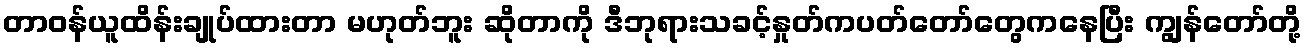
တာဝန်ယူထိန်းချုပ်ထားတာ မဟုတ်ဘူး ဆိုတာကို ဒီဘုရားသခင့်နှုတ်ကပတ်တော်တွေကနေပြီး ကျွန်တော်တို့